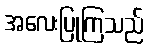
အလေးပြုကြသည်